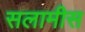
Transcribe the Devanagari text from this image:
सलामीस